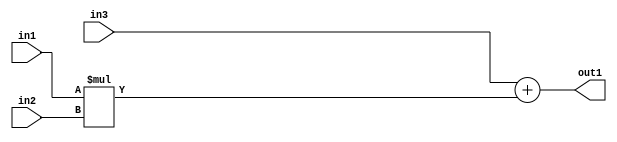
`timescale 1ps / 1ps
/*****************************************************************************
    Verilog RTL Description
    
    
    Created by: Stratus DpOpt 2019.1.01 
*******************************************************************************/

module st_weight_addr_gen_Add2Mul2u16u16u16_4_5 (
	in3,
	in2,
	in1,
	out1
	); /* architecture "behavioural" */ 
input [15:0] in3,
	in2,
	in1;
output [31:0] out1;
wire [31:0] asc001;

wire [31:0] asc001_tmp_0;
assign asc001_tmp_0 = 
	+(in3);
assign asc001 = asc001_tmp_0
	+(in1 * in2);

assign out1 = asc001;
endmodule

/* CADENCE  ubn1TgA= : u9/ySgnWtBlWxVPRXgAZ4Og= ** DO NOT EDIT THIS LINE ******/